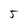
Character: 5